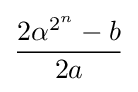
{\frac {2\alpha ^{2^{n}}-b}{2a}}